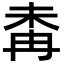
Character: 𣑜